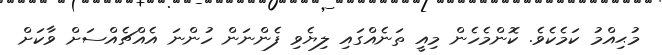
މުޙިއްމު ކަމެކެވެ. ކޮންމެހެން މިއީ ތަނެއްގައި ލިޔެވި ފެންނަން ހުންނަ އެއްޗެއްސަށް ވާކަށް